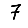
Digit: 7